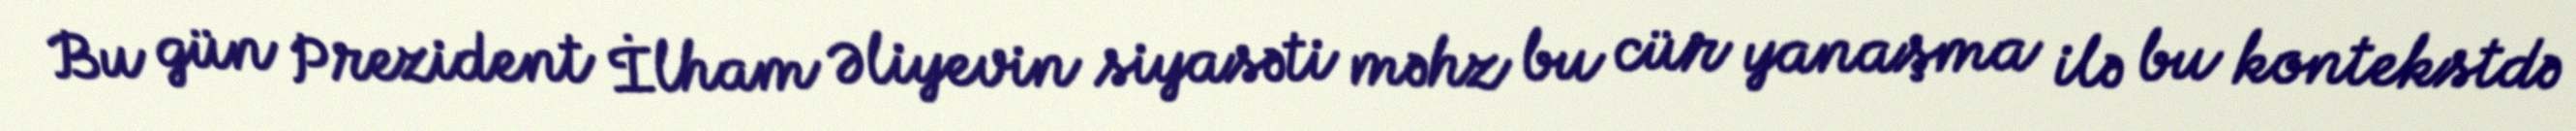
Bu gün Prezident İlham Əliyevin siyasəti məhz bu cür yanaşma ilə bu kontekstdə